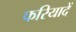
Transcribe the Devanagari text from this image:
फरियादें